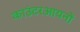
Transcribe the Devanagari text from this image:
काउंटरआयनों